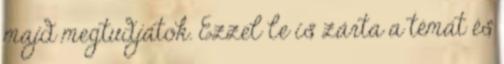
majd megtudjátok. Ezzel le is zárta a témát és